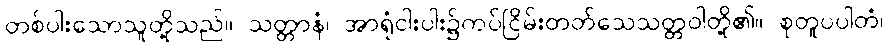
တစ်ပါးသောသူတို့သည်။ သတ္တာနံ၊ အာရုံငါးပါး၌ကပ်ငြိမ်းတတ်သေသတ္တဝါတို့၏။ စုတူပပါတံ၊